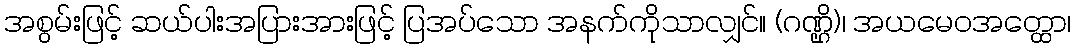
အစွမ်းဖြင့် ဆယ်ပါးအပြားအားဖြင့် ပြအပ်သော အနက်ကိုသာလျှင်။ (ဂဏ္ဌိ)၊ အယမေဝအတ္ထော၊